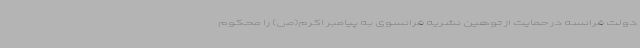
دولت فرانسه در حمایت از توهین نشریه فرانسوی به پیامبر اکرم(ص) را محکوم